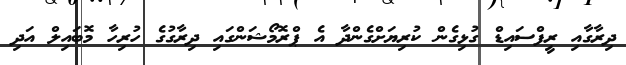
ދިރާގާއި ރީފްސައިޑް ގުޅިގެން ކުރިޔަށްގެންދާ އެ ޕްރޮމޯޝަންގައި ދިރާގުގެ ހުރިހާ މޮބައިލް އަދި